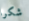
شكرا